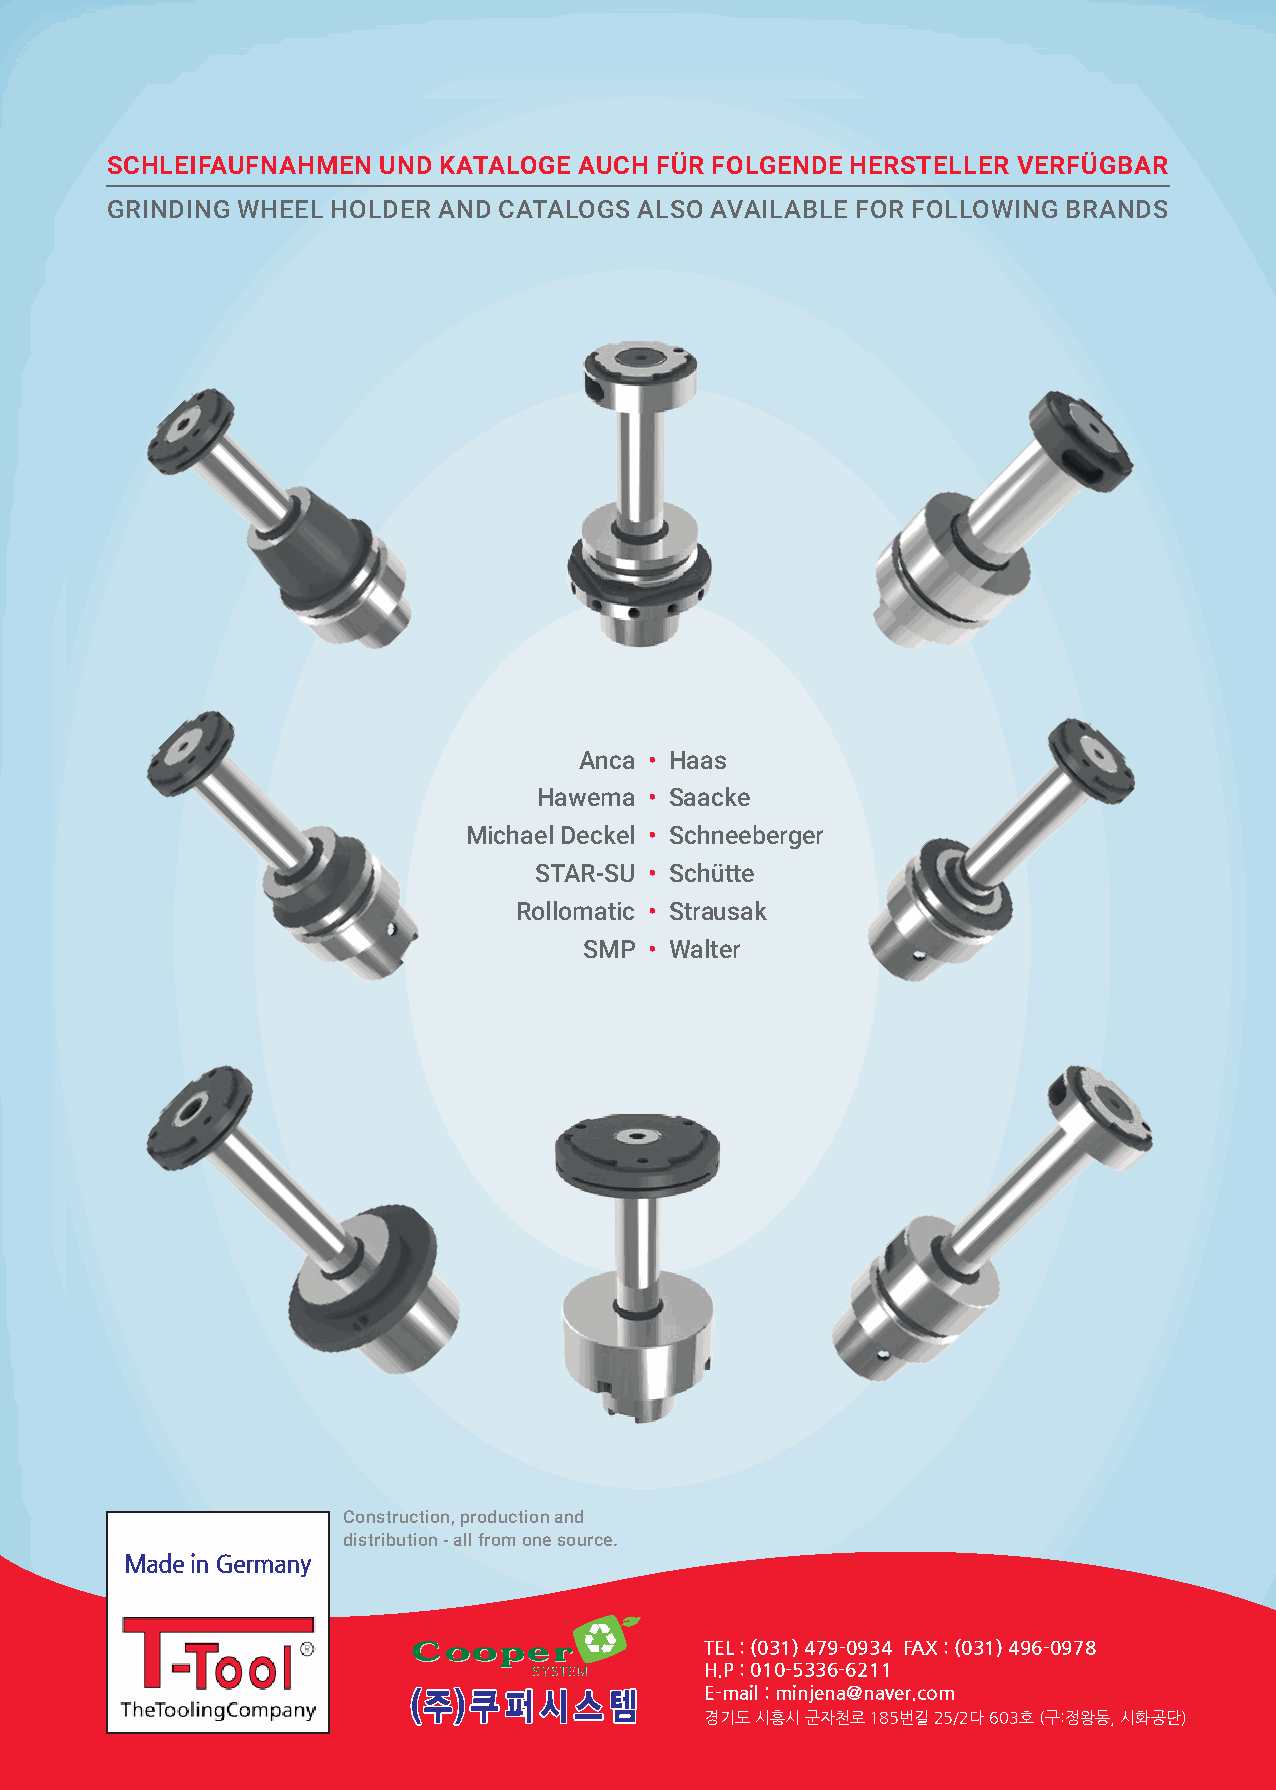
SCHLEIFAUFNAHMEN  UND KATALOGE AUCH FÜR FOLGENDE HERSTELLER VERFÜGBAR
 GRINDING WHEEL HOLDER AND CATALOGS ALSO AVAILABLE FOR FOLLOWING BRANDS
 Anca • Haas
 Hawema • Saacke
 Michael Deckel • Schneeberger
 STAR-SU • Schütte
 Rollomatic • Strausak
 SMP • Walter
 Construction, production and
 distribution - all from one source.
 Made in Germany
 TEL : (031) 479-0934 FAX : (031) 496-0978
 H.P : 010-5336-6211
 E-mail : minjena@naver.com
 경기도 시흥시 군자천로 185번길 25/2다 603호 (구:정왕동, 시 화공단)